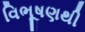
વિભૂષણથી